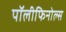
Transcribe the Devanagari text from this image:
पॉलीफिनोल्स